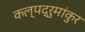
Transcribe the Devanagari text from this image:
कल्पद्रुमांकुर